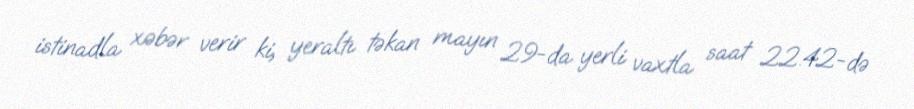
istinadla xəbər verir ki, yeraltı təkan mayın 29-da yerli vaxtla saat 22.42-də